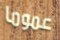
عموما